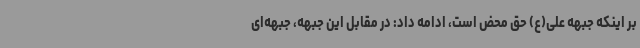
بر اینکه جبهه علی(ع) حق محض است، ادامه داد: در مقابل این جبهه، جبهه‌ای